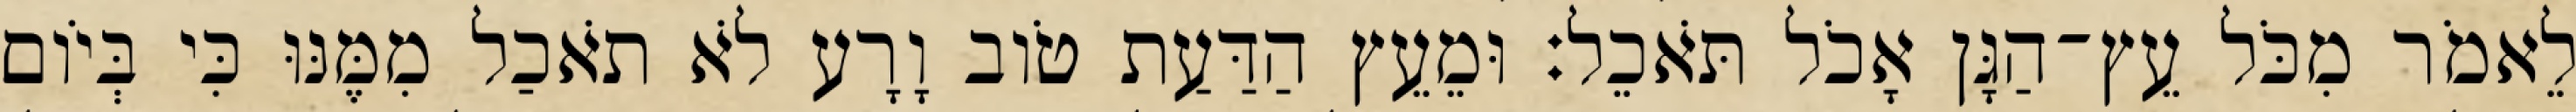
לֵאמֹר מִכֹּל עֵץ־הַגָּן אָכֹל תֹּאכֵל׃ וּמֵעֵץ הַדַּעַת טֹוב וָרָע לֹא תֹאכַל מִמֶּנּוּ כִּי בְּיֹום